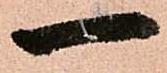
一